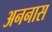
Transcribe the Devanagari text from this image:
अननास